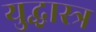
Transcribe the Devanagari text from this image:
युद्धास्त्र